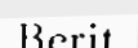
Berit